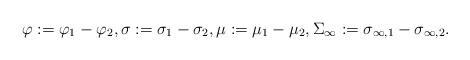
LaTeX: \begin{align*}\varphi := \varphi_{1} - \varphi_{2}, \sigma := \sigma_{1} - \sigma_{2}, \mu := \mu_{1} - \mu_{2}, \Sigma_{\infty} := \sigma_{\infty,1} - \sigma_{\infty,2}.\end{align*}